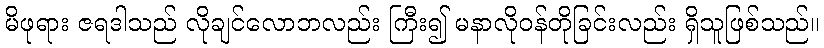
မိဖုရား ဇရဒါသည် လိုချင်လောဘလည်း ကြီး၍ မနာလိုဝန်တိုခြင်းလည်း ရှိသူဖြစ်သည်။